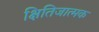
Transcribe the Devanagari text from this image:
क्षितिजात्मक